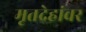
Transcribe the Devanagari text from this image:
मृतदेहांवर